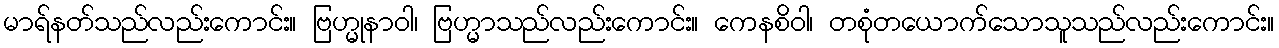
မာရ်နတ်သည်လည်းကောင်း။ ဗြဟ္မုနာဝါ၊ ဗြဟ္မာသည်လည်းကောင်း။ ကေနစိဝါ၊ တစုံတယောက်သောသူသည်လည်းကောင်း။